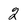
Character: 2